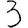
Digit: 3